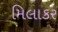
મિલાકર